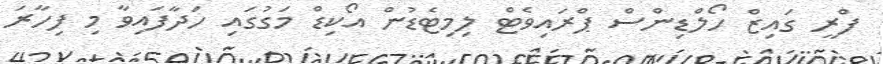
ފްރީ ގައިޒް ހޯލްޑިންސް ޕްރައިވެޓް ލިމިޓެޑުން އޯކިޑް މަގުގައި ހަދާފައިވާ މި ފިހާރަ